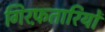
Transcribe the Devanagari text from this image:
गिरफ़तारियों